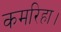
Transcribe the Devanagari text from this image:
कमरिहा।